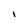
Character: I